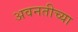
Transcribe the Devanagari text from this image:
अवनतीच्या